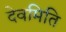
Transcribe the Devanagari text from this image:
देवमिति